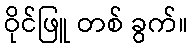
ဝိုင်ဖြူ တစ် ခွက်။